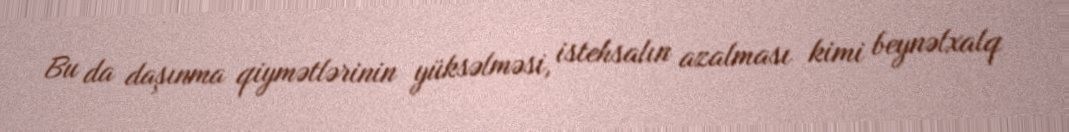
Bu da daşınma qiymətlərinin yüksəlməsi, istehsalın azalması kimi beynəlxalq